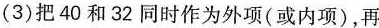
(3)把40和32同时作为外项(或内项)，再